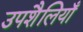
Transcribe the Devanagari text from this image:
उपशैलियाँ